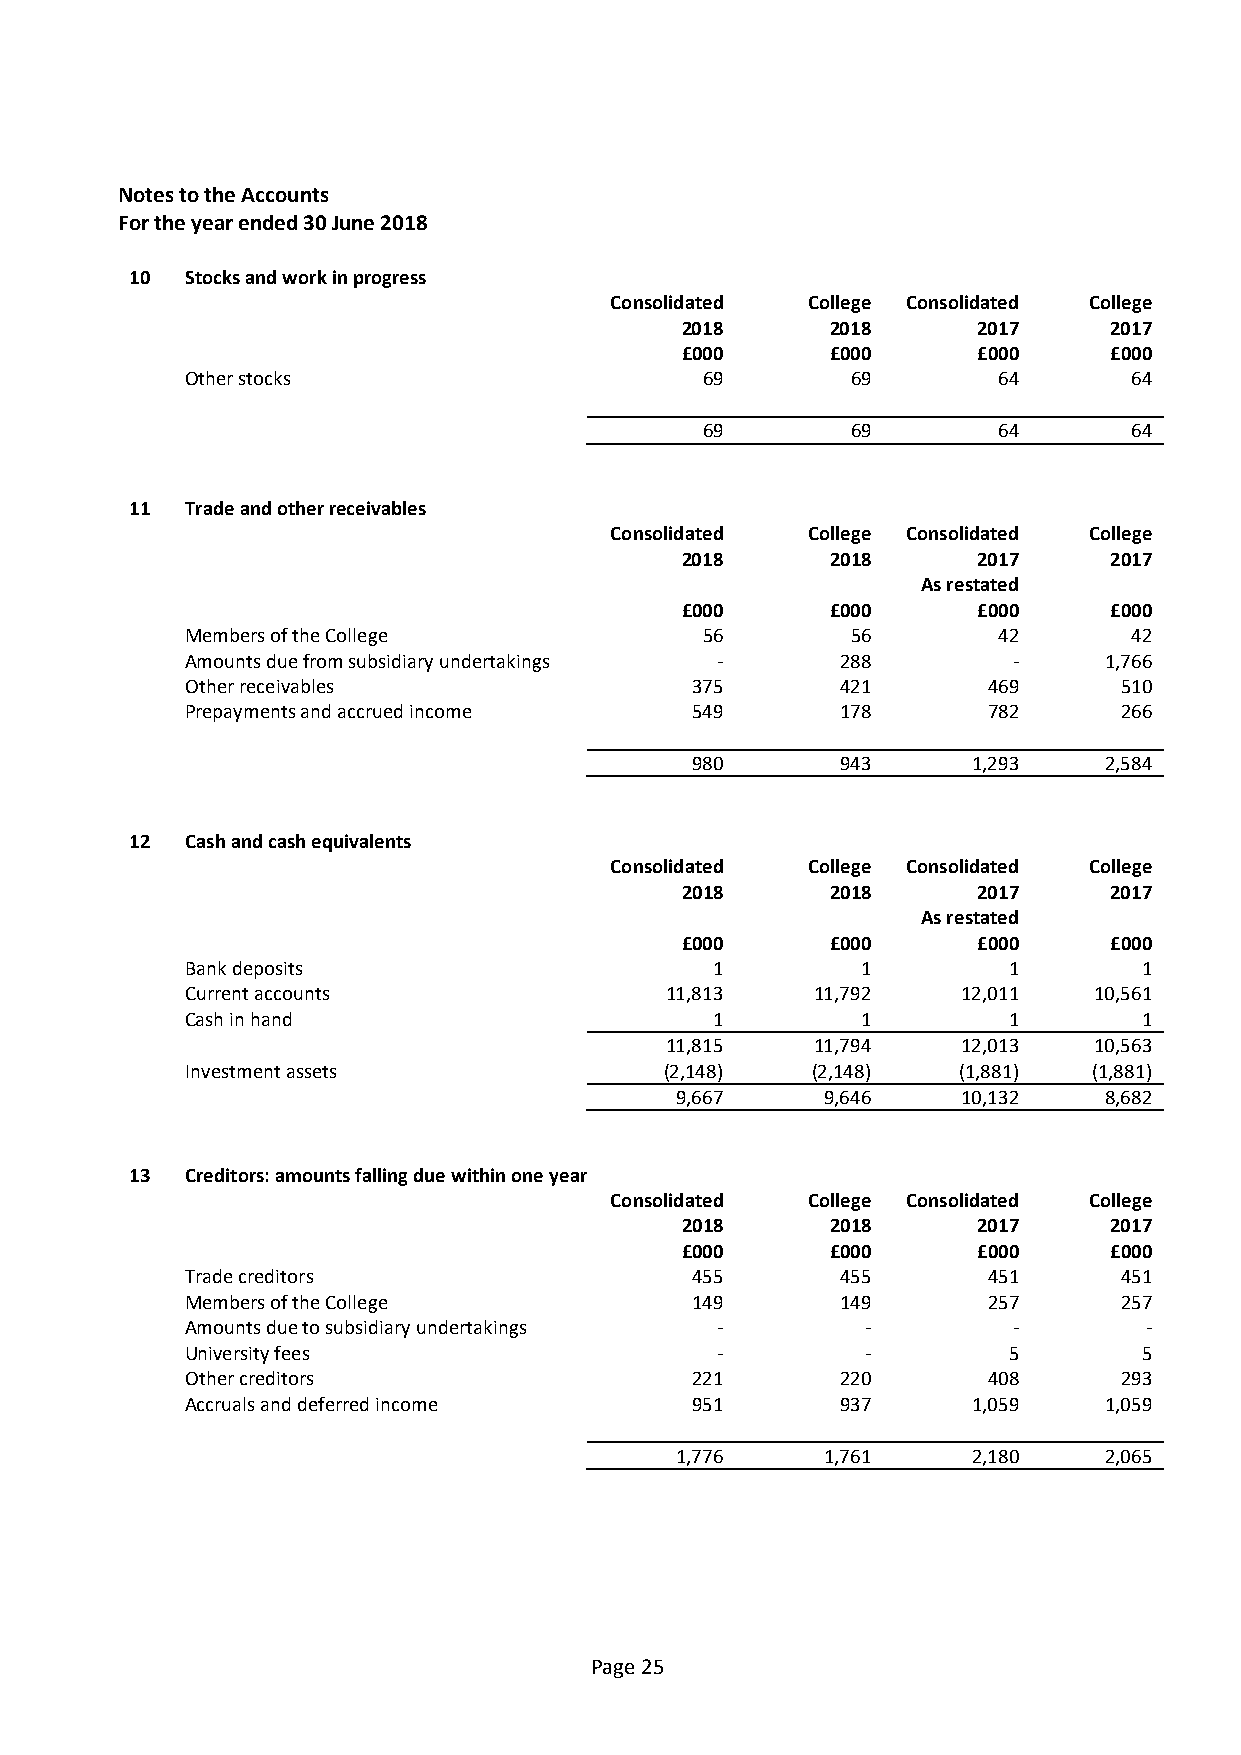
Notes to the Accounts
 For the year ended 30 June 2018
 10 Stocks and work in progress
 Consolidated College Consolidated College
 2018      2018      2017    2017
 £000      £000      £000    £000
 Other stocks                       69       69        64       64
 69       69        64       64
 11 Trade and other receivables
 Consolidated College Consolidated College
 2018      2018      2017    2017
 As restated
 £000      £000      £000    £000
 Members of the College             56       56        42       42
 Amounts due from subsidiary undertakings -  288        -     1,766
 Other receivables                 375       421      469      510
 Prepayments and accrued income    549       178      782      266
 980       943     1,293    2,584
 12 Cash and cash equivalents
 Consolidated College Consolidated College
 2018      2018      2017    2017
 As restated
 £000      £000      £000    £000
 Bank deposits                      1         1         1        1
 Current accounts                11,813    11,792    12,011  10,561
 Cash in hand                       1         1         1        1
 11,815    11,794    12,013  10,563
 Investment assets               (2,148)   (2,148)  (1,881)  (1,881)
 9,667     9,646    10,132   8,682
 13 Creditors: amounts falling due within one year
 Consolidated College Consolidated College
 2018      2018      2017    2017
 £000      £000      £000    £000
 Trade creditors                   455       455      451      451
 Members of the College            149       149      257      257
 Amounts due to subsidiary undertakings -     -         -        -
 University fees                    -         -         5        5
 Other creditors                   221       220      408      293
 Accruals and deferred income      951       937     1,059    1,059
 1,776     1,761    2,180    2,065
 Page 25